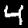
Label: 4